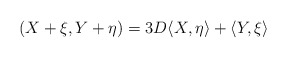
\begin{align*}(X + \xi , Y + \eta ) =3D \langle X,\eta \rangle + \langle Y, \xi \rangle\end{align*}